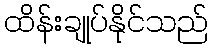
ထိန်းချုပ်နိုင်သည်